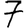
Digit: 7